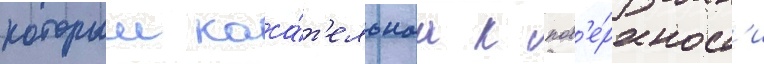
которыи каса́т'ельнаа к пов'е́рхност'и